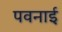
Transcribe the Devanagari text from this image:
पवनाई